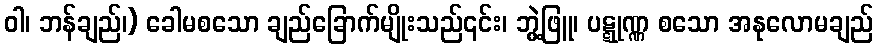
ဝါ၊ ဘန်ချည်၊) ခေါမစသော ချည်ခြောက်မျိုးသည်၎င်း၊ ဘွဲ့ဖြူ၊ ပဋ္ဋုဏ္ဏ စသော အနုလောမချည်